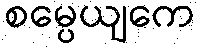
စမ္ပေယျကေ